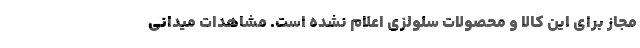
مجاز برای این کالا و محصولات سلولزی اعلام نشده است. مشاهدات میدانی